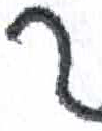
אות: ך